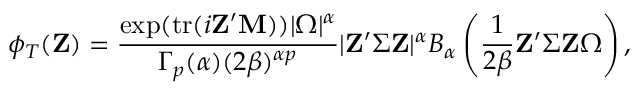
\phi _ { T } ( \mathbf { Z } ) = { \frac { \exp ( \mathrm { { t r } } ( i \mathbf { Z } ^ { \prime } \mathbf { M } ) ) | { \boldsymbol { \Omega } } | ^ { \alpha } } { \Gamma _ { p } ( \alpha ) ( 2 \beta ) ^ { \alpha p } } } | \mathbf { Z } ^ { \prime } { \boldsymbol { \Sigma } } \mathbf { Z } | ^ { \alpha } B _ { \alpha } \left( { \frac { 1 } { 2 \beta } } \mathbf { Z } ^ { \prime } { \boldsymbol { \Sigma } } \mathbf { Z } { \boldsymbol { \Omega } } \right) ,